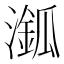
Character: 𣿿